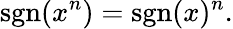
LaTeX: \operatorname{sgn}(x^{n})=\operatorname{sgn}(x)^{n}.